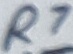
Text: R7